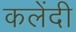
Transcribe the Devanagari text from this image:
कलेंदी